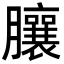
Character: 䑋